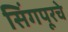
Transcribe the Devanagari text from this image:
सिंगपूरचे